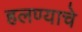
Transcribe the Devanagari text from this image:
हलण्याचे